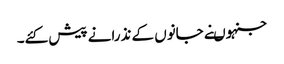
جنہوںنے جانوں کے نذرانے پیش کئے۔